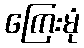
ကြေးမုံ